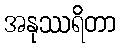
အနုဿရိတာ